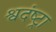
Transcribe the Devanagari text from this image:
श्वदंष्ट्रा